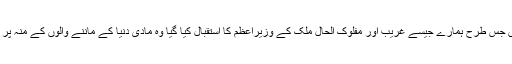
سعودی عرب میں جس طرح ہمارے جیسے غریب اور مفلوک الحال ملک کے وزیراعظم کا استقبال کیا گیا وہ مادی دنیا کے ماننے والوں کے منہ پر ایک طمانچہ ہے۔